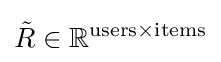
{\tilde {R}}\in \mathbb {R} ^{{\text{users}}\times {\text{items}}}